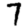
Digit: 7